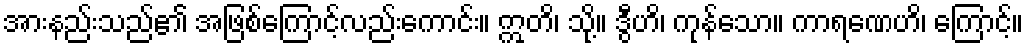
အားနည်းသည်၏ အဖြစ်ကြောင့်လည်းကောင်း။ ဣတိ၊ သို့။ ဒွီဟိ၊ ကုန်သော။ ကာရဏေဟိ၊ ကြောင့်။